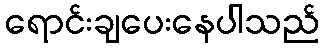
ရောင်းချပေးနေပါသည်